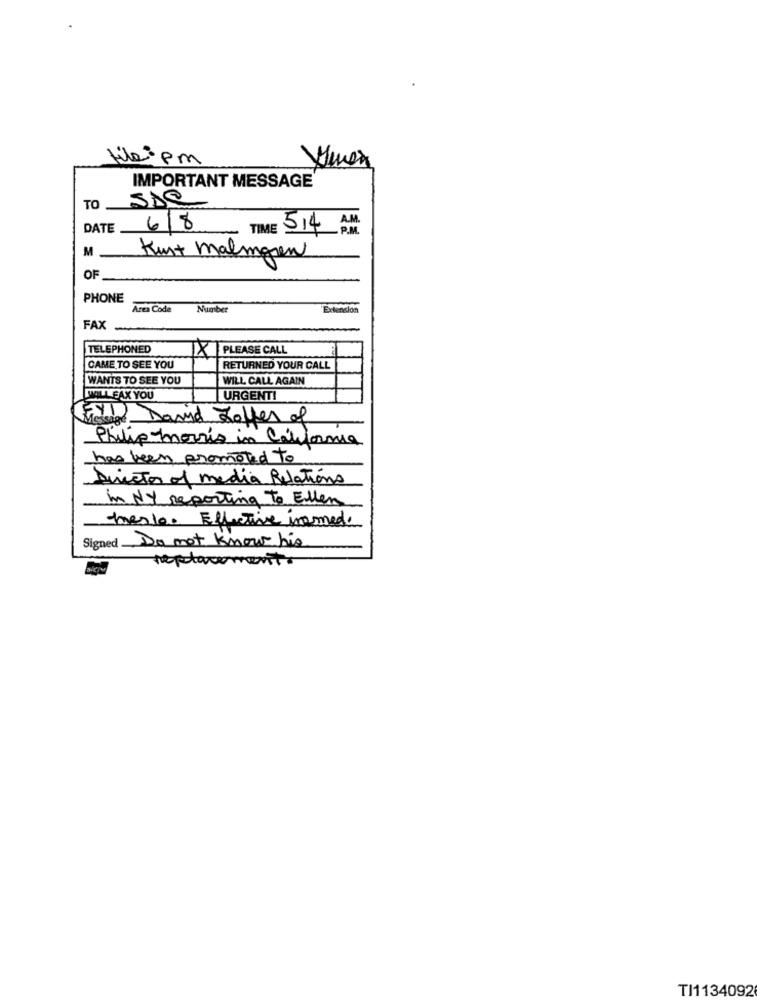
tiepm
IMPORTANT MESSAGE
TO JAQ
DATE
6/8
TIME 514 P.M.
Kurt malingen
OF
PHONE
Area Code
Number
Extend
FAX-
TELEPHONED
X PLEASE CALL
CAME TO SEE YOU
RETURNED YOUR CALL
WANTS TO SEE YOU
WILL CALL AGAIN
WALL FAX YOU
URGENTI
Fy1 David Soffer of
Message
Philip morris in California
has been promoted to
Director of media Relations
in NY reporting to Ellen
heslo. Effective insmede
Signed Do not know his
replacement.
TI1134092